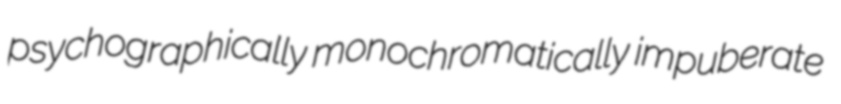
psychographically monochromatically impuberate